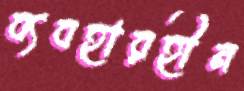
ব্যবহারহীন